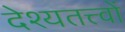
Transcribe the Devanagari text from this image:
देश्यतत्त्वों